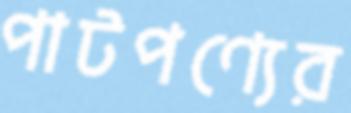
পাটপণ্যের